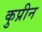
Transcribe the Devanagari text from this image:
कुप्रीन